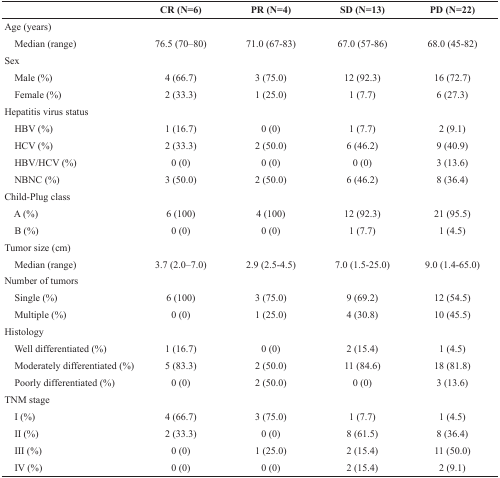
<table><thead><tr><td></td><td><b>CR (N=6)</b></td><td><b>PR (N=4)</b></td><td><b>SD (N=13)</b></td><td><b>PD (N=22)</b></td></tr></thead><tbody><tr><td colspan="5">Age (years)</td></tr><tr><td> Median (range)</td><td>76.5 (70–80)</td><td>71.0 (67-83)</td><td>67.0 (57-86)</td><td>68.0 (45-82)</td></tr><tr><td colspan="5">Sex</td></tr><tr><td> Male (%)</td><td>4 (66.7)</td><td>3 (75.0)</td><td>12 (92.3)</td><td>16 (72.7)</td></tr><tr><td> Female (%)</td><td>2 (33.3)</td><td>1 (25.0)</td><td>1 (7.7)</td><td>6 (27.3)</td></tr><tr><td colspan="5">Hepatitis virus status</td></tr><tr><td> HBV (%)</td><td>1 (16.7)</td><td>0 (0)</td><td>1 (7.7)</td><td>2 (9.1)</td></tr><tr><td> HCV (%)</td><td>2 (33.3)</td><td>2 (50.0)</td><td>6 (46.2)</td><td>9 (40.9)</td></tr><tr><td> HBV/HCV (%)</td><td>0 (0)</td><td>0 (0)</td><td>0 (0)</td><td>3 (13.6)</td></tr><tr><td> NBNC (%)</td><td>3 (50.0)</td><td>2 (50.0)</td><td>6 (46.2)</td><td>8 (36.4)</td></tr><tr><td colspan="5">Child-Plug class</td></tr><tr><td> A (%)</td><td>6 (100)</td><td>4 (100)</td><td>12 (92.3)</td><td>21 (95.5)</td></tr><tr><td> B (%)</td><td>0 (0)</td><td>0 (0)</td><td>1 (7.7)</td><td>1 (4.5)</td></tr><tr><td colspan="5">Tumor size (cm)</td></tr><tr><td> Median (range)</td><td>3.7 (2.0–7.0)</td><td>2.9 (2.5-4.5)</td><td>7.0 (1.5-25.0)</td><td>9.0 (1.4-65.0)</td></tr><tr><td colspan="5">Number of tumors</td></tr><tr><td> Single (%)</td><td>6 (100)</td><td>3 (75.0)</td><td>9 (69.2)</td><td>12 (54.5)</td></tr><tr><td> Multiple (%)</td><td>0 (0)</td><td>1 (25.0)</td><td>4 (30.8)</td><td>10 (45.5)</td></tr><tr><td colspan="5">Histology</td></tr><tr><td> Well differentiated (%)</td><td>1 (16.7)</td><td>0 (0)</td><td>2 (15.4)</td><td>1 (4.5)</td></tr><tr><td> Moderately differentiated (%)</td><td>5 (83.3)</td><td>2 (50.0)</td><td>11 (84.6)</td><td>18 (81.8)</td></tr><tr><td> Poorly differentiated (%)</td><td>0 (0)</td><td>2 (50.0)</td><td>0 (0)</td><td>3 (13.6)</td></tr><tr><td colspan="5">TNM stage</td></tr><tr><td> I (%)</td><td>4 (66.7)</td><td>3 (75.0)</td><td>1 (7.7)</td><td>1 (4.5)</td></tr><tr><td> II (%)</td><td>2 (33.3)</td><td>0 (0)</td><td>8 (61.5)</td><td>8 (36.4)</td></tr><tr><td> III (%)</td><td>0 (0)</td><td>1 (25.0)</td><td>2 (15.4)</td><td>11 (50.0)</td></tr><tr><td> IV (%)</td><td>0 (0)</td><td>0 (0)</td><td>2 (15.4)</td><td>2 (9.1)</td></tr></tbody></table>